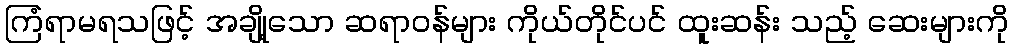
ကြံရာမရသဖြင့် အချို့သော ဆရာဝန်များ ကိုယ်တိုင်ပင် ထူးဆန်း သည့် ဆေးများကို